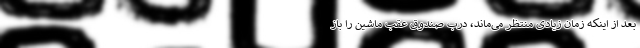
بعد از اینکه زمان زیادی منتظر می‌ماند، درب صندوق عقب ماشین را باز